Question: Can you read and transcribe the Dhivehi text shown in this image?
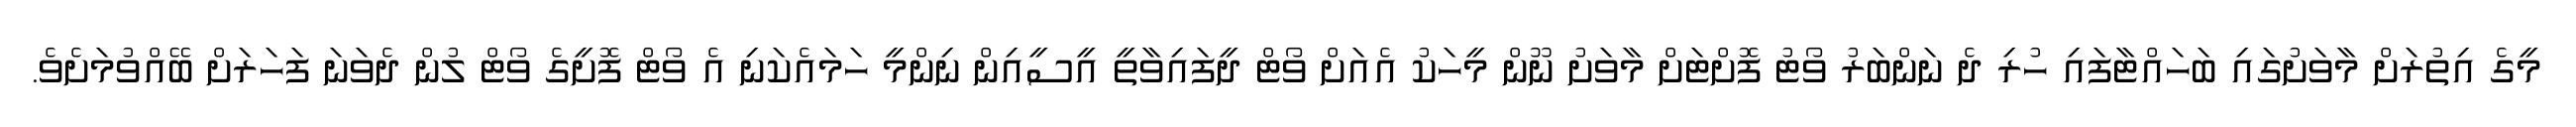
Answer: މީގެ އިތުރަށް މާވަށުގައި ބަހައްޓާފައި ހުރި ދެ ނަންބަރު ވޯޓު ފޮށްޓަށް މާވަށު ނޫން މީހަކު އެއަށް ވޯޓް ދީފައިވާތީ އީސީއިން ނިންމީ ހަމައެކަނި އެ ވޯޓް ފޮށީގެ ވޯޓް ލުން ދެވަނަ ފަހަރަށް ބޭއްވުމަށެވެ.